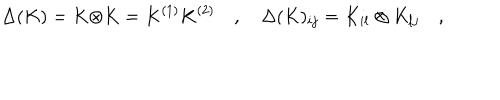
\Delta ( K ) = K \dot { \otimes } K = K ^ { ( 1 ) } K ^ { ( 2 ) } \quad , \quad \Delta ( K ) _ { i j } = K _ { i l } \otimes K _ { l j } \quad ,